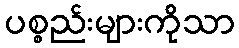
ပစ္စည်းများကိုသာ